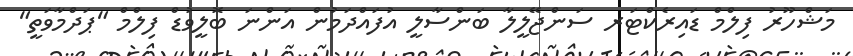
މަޝްހޫރު ފިލްމް ޑައިރެކްޓަރ ސަންޖޭލީލާ ބަންސާލީ އުފައްދަމުން އަންނަ ބޮލީވުޑް ފިލްމް "ޕަދްމާވަތީ"